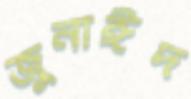
জুনাঈদ